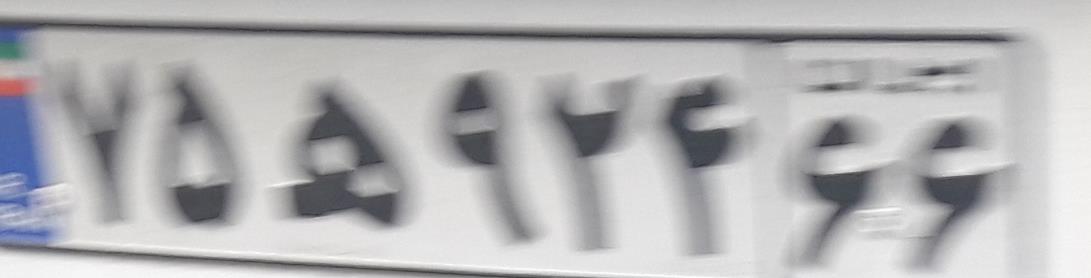
۷۵ه۹۲۴۶۶